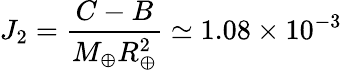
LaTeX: J_{2}={\frac{C-B}{M_{\oplus}R_{\oplus}^{2}}}\simeq 1.08\times 10^{-3}